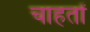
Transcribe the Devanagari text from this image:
चाहतों